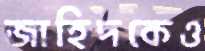
জাহিদকেও